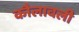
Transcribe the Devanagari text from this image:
कौलावली